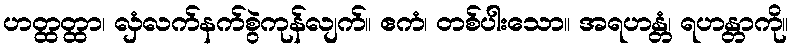
ဟတ္ထတ္ထာ၊ လှံလက်နက်စွဲကုန်လျက်။ ဧကံ၊ တစ်ပါးသော။ အရဟန္တံ၊ ရဟန္တာကို။